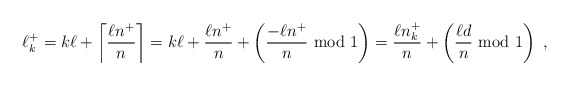
\begin{align*}\ell_k^+ = k \ell + \left\lceil \frac{\ell n^+}{n} \right\rceil =k \ell + \frac{\ell n^+}{n} +\left( \frac{-\ell n^+}{n} {\rm ~mod~} 1 \right) =\frac{\ell n_k^+}{n} + \left( \frac{\ell d}{n} {\rm ~mod~} 1 \right) \;,\end{align*}